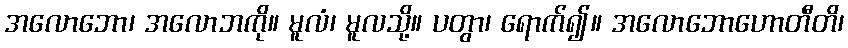
အလောဘော၊ အလောဘကို။ မူလံ၊ မူလသို့။ ပတွာ၊ ရောက်၍။ အလောဘောဟောတီတိ၊